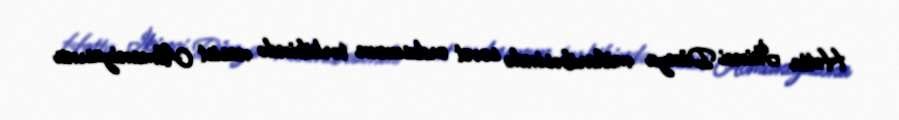
Hətta İkinci Dünya müharibəsində sovet ordusunun tərkibində nasist Almaniyasına